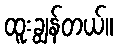
ထူးချွန်တယ်။